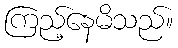
ကြည့်နေမိသည်။